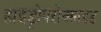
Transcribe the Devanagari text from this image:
हाइड्रोपरोक्साइड